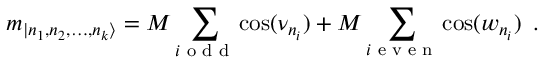
m _ { | n _ { 1 } , n _ { 2 } , \dots , n _ { k } \rangle } = M \sum _ { i \textrm { o d d } } \cos ( \nu _ { n _ { i } } ) + M \sum _ { i \textrm { e v e n } } \cos ( w _ { n _ { i } } ) \, \, \, .